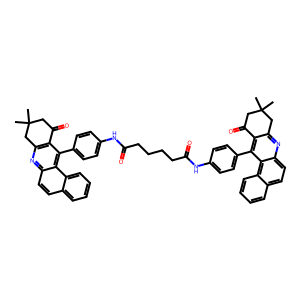
SMILES: CC1(C)CC(=O)c2c(nc3ccc4ccccc4c3c2-c2ccc(NC(=O)CCCCC(=O)Nc3ccc(-c4c5c(nc6ccc7ccccc7c46)CC(C)(C)CC5=O)cc3)cc2)C1
Inhibits HIV replication: No